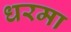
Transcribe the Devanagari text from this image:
धरमा